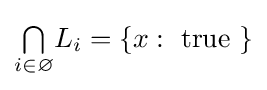
{\textstyle \bigcap \limits _{i\in \varnothing }}L_{i}=\{x:{\text{ true }}\}